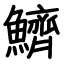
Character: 鱭